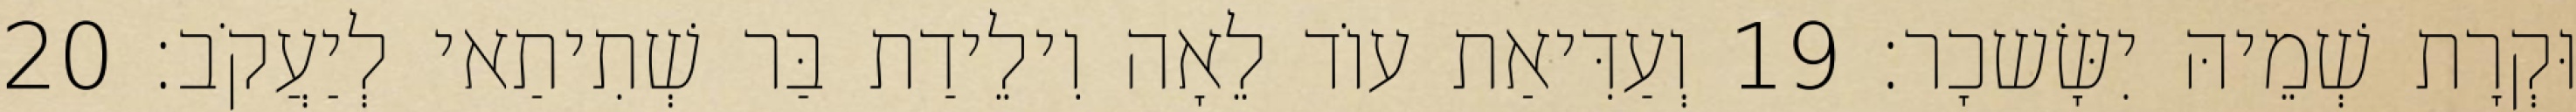
וּקְרָת שְׁמֵיהּ יִשָּׂשכָר׃ 19 וְעַדִּיאַת עוֹד לֵאָה וִילֵידַת בַּר שְׁתִיתַאי לְיַעֲקֹב׃ 20